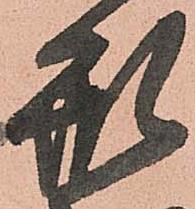
刑